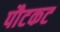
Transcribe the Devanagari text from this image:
पौटकट